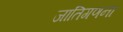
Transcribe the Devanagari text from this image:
जातिगणना